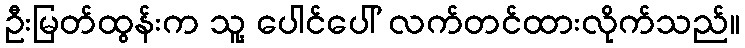
ဦးမြတ်ထွန်းက သူ့ ပေါင်ပေါ် လက်တင်ထားလိုက်သည်။